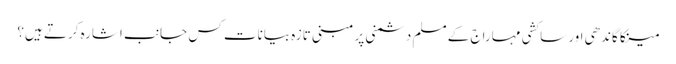
مینکا گاندھی اور ساکشی مہاراج کے مسلم دشمنی پر مبنی تازہ بیانات کس جانب اشارہ کرتے ہیں؟